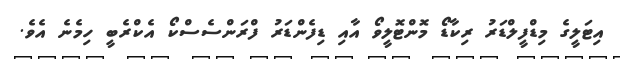
އިޓަލީގެ މިޑްފީލްޑަރު ރިކާޑޯ މޮންޓޮލީވޯ އާއި ޑިފެންޑަރު ފްރަންސެސްކޯ އެކްރެބީ ހިމެނެ އެވެ.